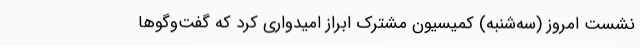
نشست امروز (سه‌شنبه) کمیسیون مشترک ابراز امیدواری کرد که گفت‌وگوها